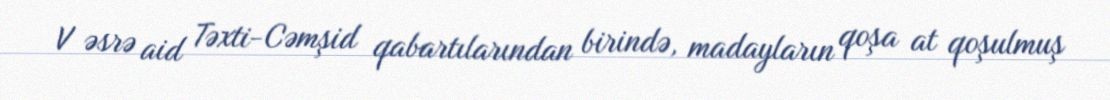
V əsrə aid Təxti-Cəmşid qabartılarından birində, madayların qoşa at qoşulmuş